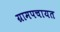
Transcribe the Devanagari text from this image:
ग्रामपचायत